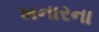
ખનારના